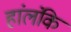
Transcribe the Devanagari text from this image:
हांलंकि